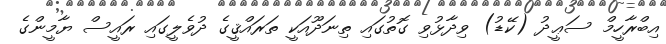
އިބްރާހީމް ސަޢީދު (ކޭޑު) ވިދާޅުވި ގޮތުގައި ތިނަދޫއަކީ ތަރައްޤީގެ ދުވެލީގައި ރައީސް ޔާމީންގެ